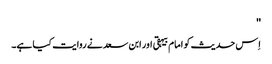
''
اِس حدیث کو امام بیہقی اور ابن سعد نے روایت کیا ہے۔